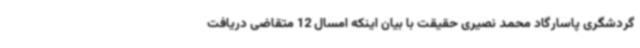
گردشگری پاسارگاد محمد نصیری حقیقت با بیان اینکه امسال 12 متقاضی دریافت